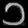
Digit: ၁